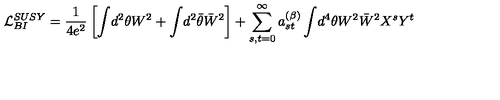
{ \cal L } _ { { B I } } ^ { { S U S Y } } = \frac { 1 } { 4 e ^ { 2 } } \left[ \int \! d ^ { 2 } \theta W ^ { 2 } + \int \! d ^ { 2 } \bar { \theta } \bar { W } ^ { 2 } \right] + \sum _ { s , t = 0 } ^ { \infty } a _ { s t } ^ { ( \beta ) } \int \! d ^ { 4 } \theta W ^ { 2 } \bar { W } ^ { 2 } X ^ { s } Y ^ { t }